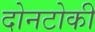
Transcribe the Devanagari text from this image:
दोनटोकी